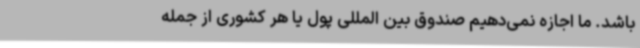
باشد. ما اجازه نمی‌دهیم صندوق بین المللی پول یا هر کشوری از جمله